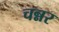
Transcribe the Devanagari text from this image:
चन्नर